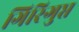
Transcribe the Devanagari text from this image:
गिरिगुप्त